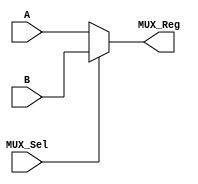
`timescale 1ns / 1ps

module MUX (
  input  [7:0] A,        // 4-bit input operand A
  input  [7:0] B,        // 4-bit input operand B
  input  MUX_Sel,       // Operation selector
  output [7:0] MUX_Reg   // 4-bit result
);

assign MUX_Reg = MUX_Sel ? B : A;  // Explicit assignment for clarity

endmodule